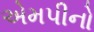
એમપીનો